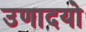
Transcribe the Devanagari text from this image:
उणादयो